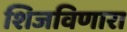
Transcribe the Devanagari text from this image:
शिजविणारा